Leprosy in India: report of the Leprosy Commission in India, 1890-91
Year: 1890
Disease focus: Leprosy
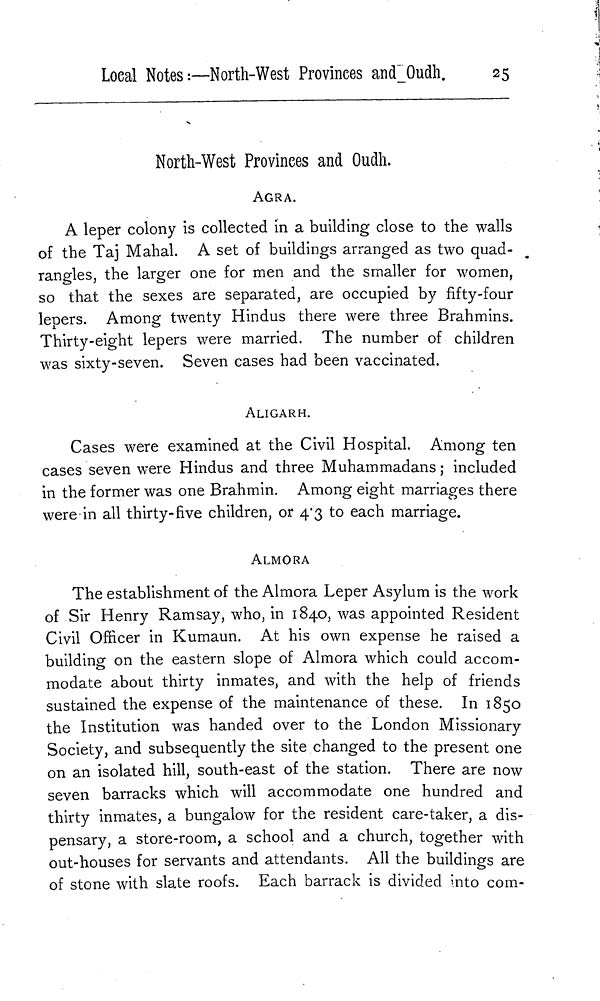
Loeal Notes:—North-West Provinces and Oudh.
25
North-West Provinces and Oudh.
AGRA.
A leper colony is collected in a building close to the walls
of the Taj Mahal. A set of buildings arranged as two quad-
rangles, the larger one for men and the smaller for women,
so that the sexes are separated, are occupied by fifty-four
lepers. Among twenty Hindus there were three Brahmins.
Thirty-eight lepers were married. The number of children
was sixty-seven. Seven cases had been vaccinated.
ALIGARH.
Cases were examined at the Civil Hospital. Among ten
cases seven were Hindus and three Muhammadans ; included
in the former was one Brahmin. Among eight marriages there
were in all thirty-five children, or 4.3 to each marriage.
ALMORA
The establishment of the Almora Leper Asylum is the work
of Sir Henry Ramsay, who, in 1840, was appointed Resident
Civil Officer in Kumaun. At his own expense he raised a
building on the eastern slope of Almora which could accom-
modate about thirty inmates, and with the help of friends
sustained the expense of the maintenance of these. In 1850
the Institution was handed over to the London Missionary
Society, and subsequently the site changed to the present one
on an isolated hill, south-east of the station. There are now
seven barracks which will accommodate one hundred and
thirty inmates, a bungalow for the resident care-taker, a dis-
pensary, a store-room, a school and a church, together with
out-houses for servants and attendants. All the buildings are
of stone with slate roofs. Each barrack is divided into com-